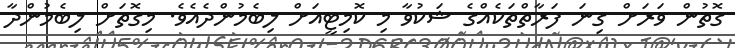
ގޮތުން ވަރަށް ގިނަ ފަރާތްތަކެއްގެ ޝަކުވާ މި ކޮމިޓީއަށް ލިބެމުންދެއެވެ. މިގޮތަށް ލިބެމުންދާ